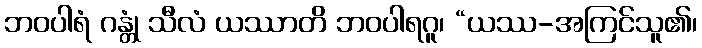
ဘဝပါရံ ဂန္တုံ သီလံ ယဿာတိ ဘဝပါရဂူ၊ “ယဿ-အကြင်သူ၏၊